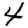
Digit: 4